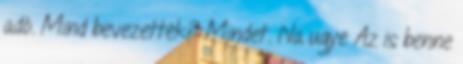
adó. Mind bevezették? Mindet. Na ugye Az is benne